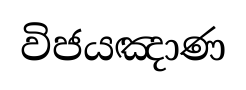
විජයඤාණ